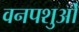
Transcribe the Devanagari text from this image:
वनपशुओं